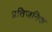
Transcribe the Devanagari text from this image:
प्रतिजनिक